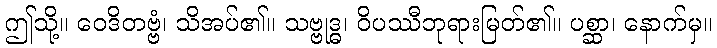
ဤသို့။ ဝေဒိတဗ္ဗံ၊ သိအပ်၏။ သဗ္ဗုဒ္ဓ၊ ဝိပဿီဘုရားမြတ်၏။ ပစ္ဆာ၊ နောက်မှ။